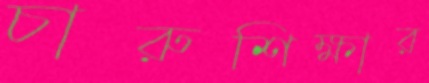
চারুশিক্ষার